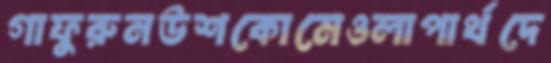
গাফুরুনউশকোমেওলাপার্থদে